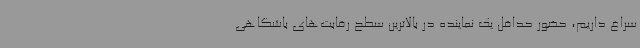
سراغ داریم، حضور حداقل یک نماینده در بالاترین سطح رقابت‌های باشگاهی